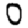
Digit: 0